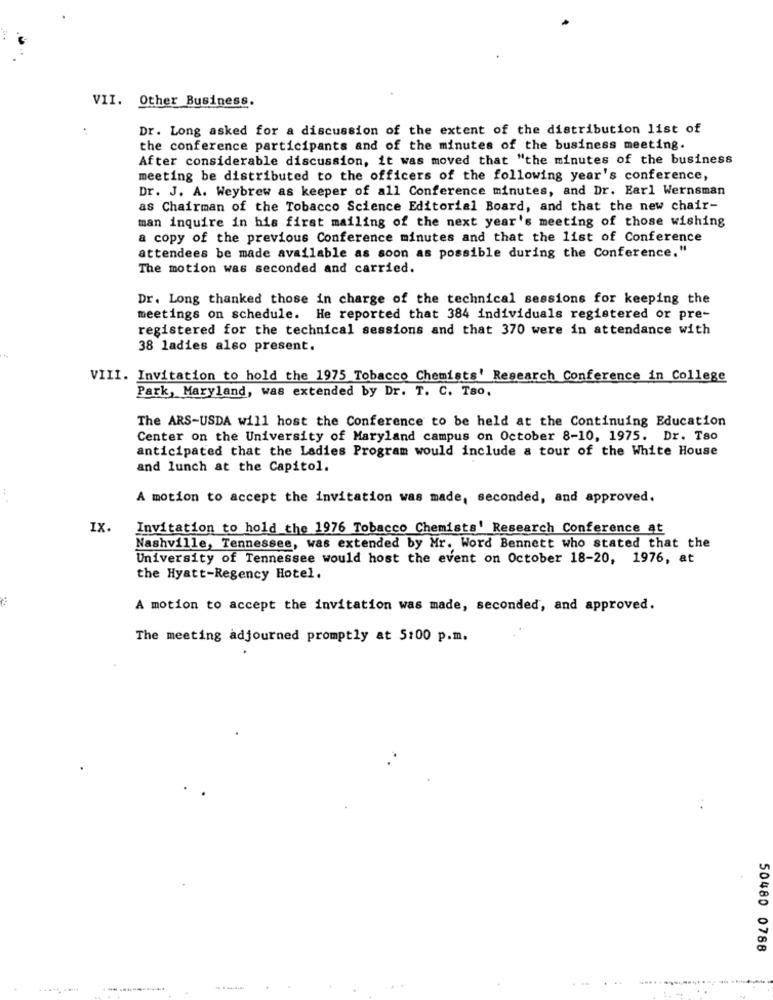
VII. Other Business.
:
Dr. Long asked for a discussion of the extent of the distribution list of
the conference participants and of the minutes of the business meeting.
After considerable discussion, it was moved that "the minutes of the business
meeting be distributed to the officers of the following year's conference,
Dr. J. A. Weybrew as keeper of all Conference minutes, and Dr. Earl Wernsman
as Chairman of the Tobacco Science Editorial Board, and that the new chair-
man inquire in his first mailing of the next year's meeting of those wishing
a copy of the previous Conference minutes and that the list of Conference
attendees be made available as soon as possible during the Conference,"
The motion was seconded and carried.
Dr. Long thanked those in charge of the technical sessions for keeping the
meetings on schedule. He reported that 384 individuals registered or pre-
registered for the technical sessions and that 370 were in attendance with
38 ladies also present.
VIII. Invitation to hold the 1975 Tobacco Chemists' Research Conference in College
Park, Maryland, was extended by Dr. T. C. Tao.
The ARS-USDA will host the Conference to be held at the Continuing Education
Center on the University of Maryland campus on October 8-10, 1975. Dr. Tso
anticipated that the Ladies Program would include a tour of the White House
and lunch at the Capitol.
A motion to accept the invitation was made, seconded, and approved.
IX.
Invitation to hold the 1976 Tobacco Chemists' Research Conference at
Nashville, Tennessee, was extended by Mr. Word Bennett who stated that the
University of Tennessee would host the event on October 18-20, 1976, at
the Hyatt-Regency Hotel.
A motion to accept the invitation was made, seconded, and approved.
The meeting adjourned promptly at 5:00 p.m.
50480 0788
..